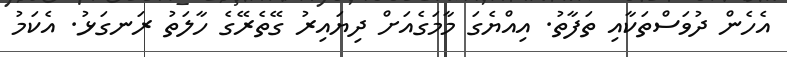
އެހެން ދުވަސްތަކާއި ތަފާތު. އިއްޔެގަ މާމަގެއަށް ދިޔައިރު ގޭތެރޭގެ ހާލަތު ރަނގަޅު. އެކަމު